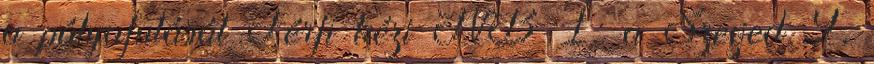
a pályafutását Férfi kézi NB I: a Szeged 9,